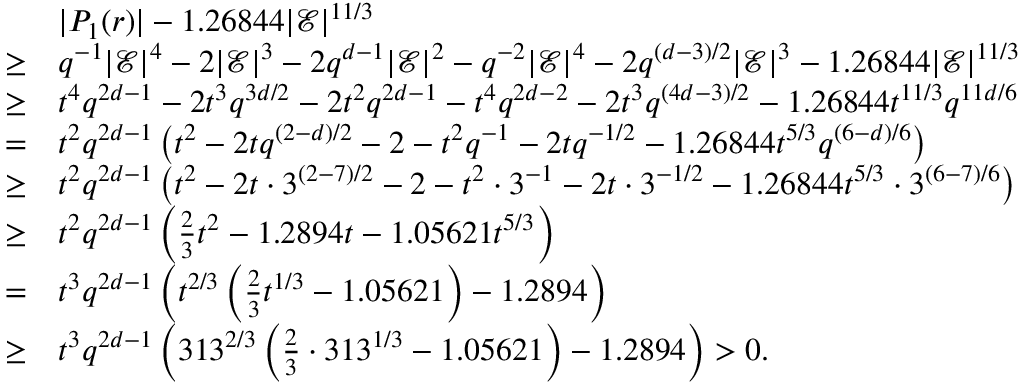
\begin{array} { r l } & { | P _ { 1 } ( r ) | - 1 . 2 6 8 4 4 | \mathcal { E } | ^ { 1 1 / 3 } } \\ { \geq } & { q ^ { - 1 } | \mathcal { E } | ^ { 4 } - 2 | \mathcal { E } | ^ { 3 } - 2 q ^ { d - 1 } | \mathcal { E } | ^ { 2 } - q ^ { - 2 } | \mathcal { E } | ^ { 4 } - 2 q ^ { ( d - 3 ) / 2 } | \mathcal { E } | ^ { 3 } - 1 . 2 6 8 4 4 | \mathcal { E } | ^ { 1 1 / 3 } } \\ { \geq } & { t ^ { 4 } q ^ { 2 d - 1 } - 2 t ^ { 3 } q ^ { 3 d / 2 } - 2 t ^ { 2 } q ^ { 2 d - 1 } - t ^ { 4 } q ^ { 2 d - 2 } - 2 t ^ { 3 } q ^ { ( 4 d - 3 ) / 2 } - 1 . 2 6 8 4 4 t ^ { 1 1 / 3 } q ^ { 1 1 d / 6 } } \\ { = } & { t ^ { 2 } q ^ { 2 d - 1 } \left( t ^ { 2 } - 2 t q ^ { ( 2 - d ) / 2 } - 2 - t ^ { 2 } q ^ { - 1 } - 2 t q ^ { - 1 / 2 } - 1 . 2 6 8 4 4 t ^ { 5 / 3 } q ^ { ( 6 - d ) / 6 } \right) } \\ { \geq } & { t ^ { 2 } q ^ { 2 d - 1 } \left( t ^ { 2 } - 2 t \cdot 3 ^ { ( 2 - 7 ) / 2 } - 2 - t ^ { 2 } \cdot 3 ^ { - 1 } - 2 t \cdot 3 ^ { - 1 / 2 } - 1 . 2 6 8 4 4 t ^ { 5 / 3 } \cdot 3 ^ { ( 6 - 7 ) / 6 } \right) } \\ { \geq } & { t ^ { 2 } q ^ { 2 d - 1 } \left( \frac { 2 } { 3 } t ^ { 2 } - 1 . 2 8 9 4 t - 1 . 0 5 6 2 1 t ^ { 5 / 3 } \right) } \\ { = } & { t ^ { 3 } q ^ { 2 d - 1 } \left( t ^ { 2 / 3 } \left( \frac { 2 } { 3 } t ^ { 1 / 3 } - 1 . 0 5 6 2 1 \right) - 1 . 2 8 9 4 \right) } \\ { \geq } & { t ^ { 3 } q ^ { 2 d - 1 } \left( 3 1 3 ^ { 2 / 3 } \left( \frac { 2 } { 3 } \cdot 3 1 3 ^ { 1 / 3 } - 1 . 0 5 6 2 1 \right) - 1 . 2 8 9 4 \right) > 0 . } \end{array}